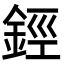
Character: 鋞